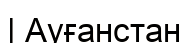
| Ауғанстан